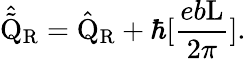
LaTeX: \hat{\tilde{\mathrm{Q}}}_{\mathrm{R}}=\hat{\mathrm{Q}}_{\mathrm{R}}+\hbar[\frac{eb\mathrm{L}}{2\pi}].